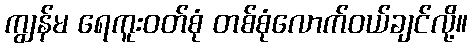
ကျွန်မ ရေကူးဝတ်စုံ တစ်စုံလောက်ဝယ်ချင်လို့။